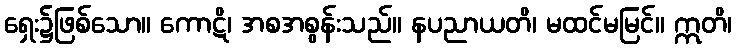
ရှေး၌ဖြစ်သော။ ကောဋိ၊ အစအစွန်းသည်။ နပညာယတိ၊ မထင်မမြင်။ ဣတိ၊